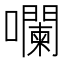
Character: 㘓